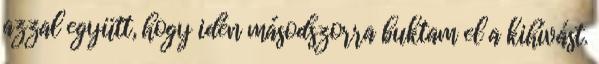
azzal együtt, hogy idén másodszorra buktam el a kihívást.